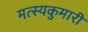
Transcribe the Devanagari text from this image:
मत्स्यकुमारी